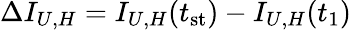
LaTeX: \begin{array}{r}{\Delta I_{U,H}=I_{U,H}(t_{\mathrm{st}})-I_{U,H}(t_{1})}\end{array}